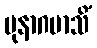
ပုနာဂမာသိံ